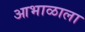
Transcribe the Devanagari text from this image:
आभाळाला